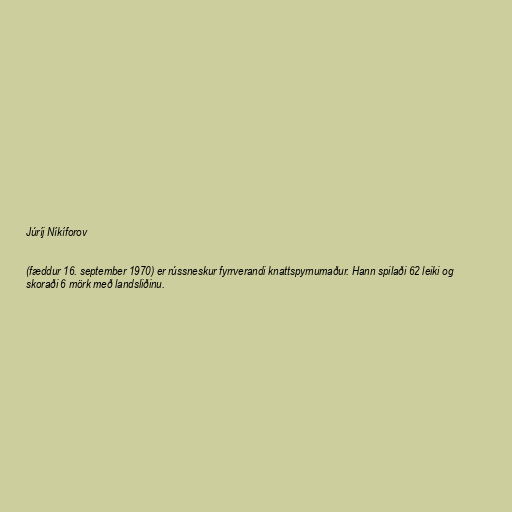
Júríj Níkíforov

(fæddur 16. september 1970) er rússneskur fyrrverandi knattspyrnumaður. Hann spilaði 62 leiki og
skoraði 6 mörk með landsliðinu.